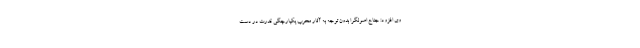
وى افزود: جناح اصولگرا بدون توجه به آثار مخرب يكپارچگی قدرت در دست